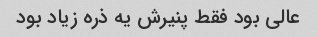
عالی بود فقط پنیرش یه ذره زیاد بود